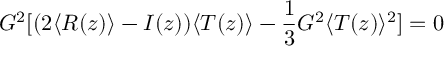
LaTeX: G ^ { 2 } [ ( 2 \langle R ( z ) \rangle - I ( z ) ) \langle T ( z ) \rangle - \frac { 1 } { 3 } G ^ { 2 } \langle T ( z ) \rangle ^ { 2 } ] = 0